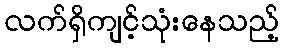
လက်ရှိကျင့်သုံးနေသည့်